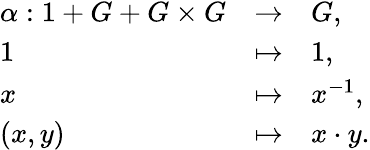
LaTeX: \begin{array}{lll}{\alpha:{1}+G+G\times G}&{\to}&{G,}\\ {1}&{\mapsto}&{1,}\\ {x}&{\mapsto}&{x^{-1},}\\ {(x,y)}&{\mapsto}&{x\cdot y.}\end{array}